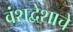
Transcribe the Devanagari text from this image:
वंशद्वेशाचे